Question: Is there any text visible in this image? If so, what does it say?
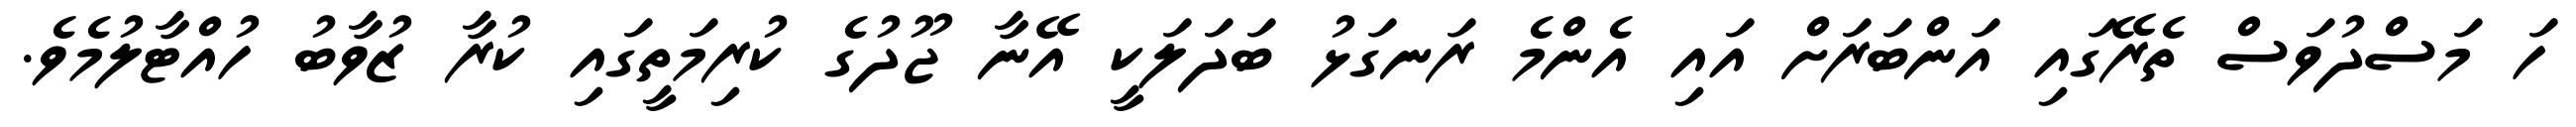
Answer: ހަ މަސްދުވަސް ތެރޭގައި އަންބަރަށް އައި އެންމެ ރަނގަޅު ބަދަލަކީ އޭނާ ޖޫދުގެ ކުރިމަތީގައި ކުރާ ޒުވާބު ހުއްޓާލުމެވެ.